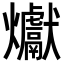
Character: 𪺉